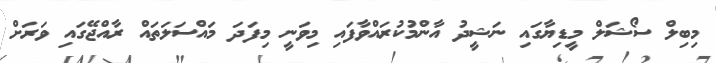
މިބިލް ސޯޝަލް މީޑިޔާގައި ނަޝީދު އާންމުކުރައްވާފައި މިވަނީ މިފަދަ މައްސަލަތައް ރާއްޖޭގައި ވަރަށް